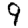
Digit: 9